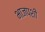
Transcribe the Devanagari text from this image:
भाजपशी